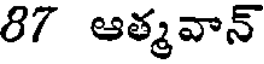
87 ఆత్మవాన్